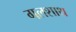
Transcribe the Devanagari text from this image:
गलशाथ